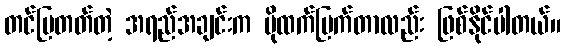
တင်ပြတတ်တဲ့ အရည်အချင်းက ပိုထက်မြက်တာလည်း ဖြစ်နိုင်ပါတယ်။